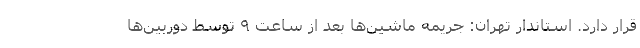
قرار دارد. استاندار تهران: جریمه ماشین‌ها بعد از ساعت ۹ توسط دوربین‌ها